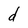
Character: d